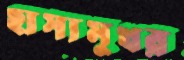
হাস্যমুখর